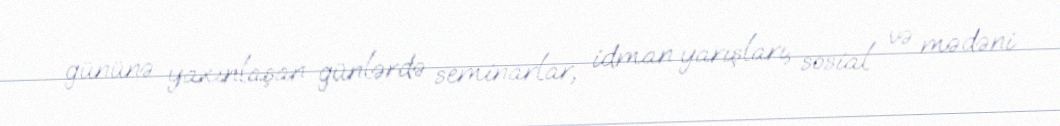
gününə yaxınlaşan günlərdə seminarlar, idman yarışları, sosial və mədəni